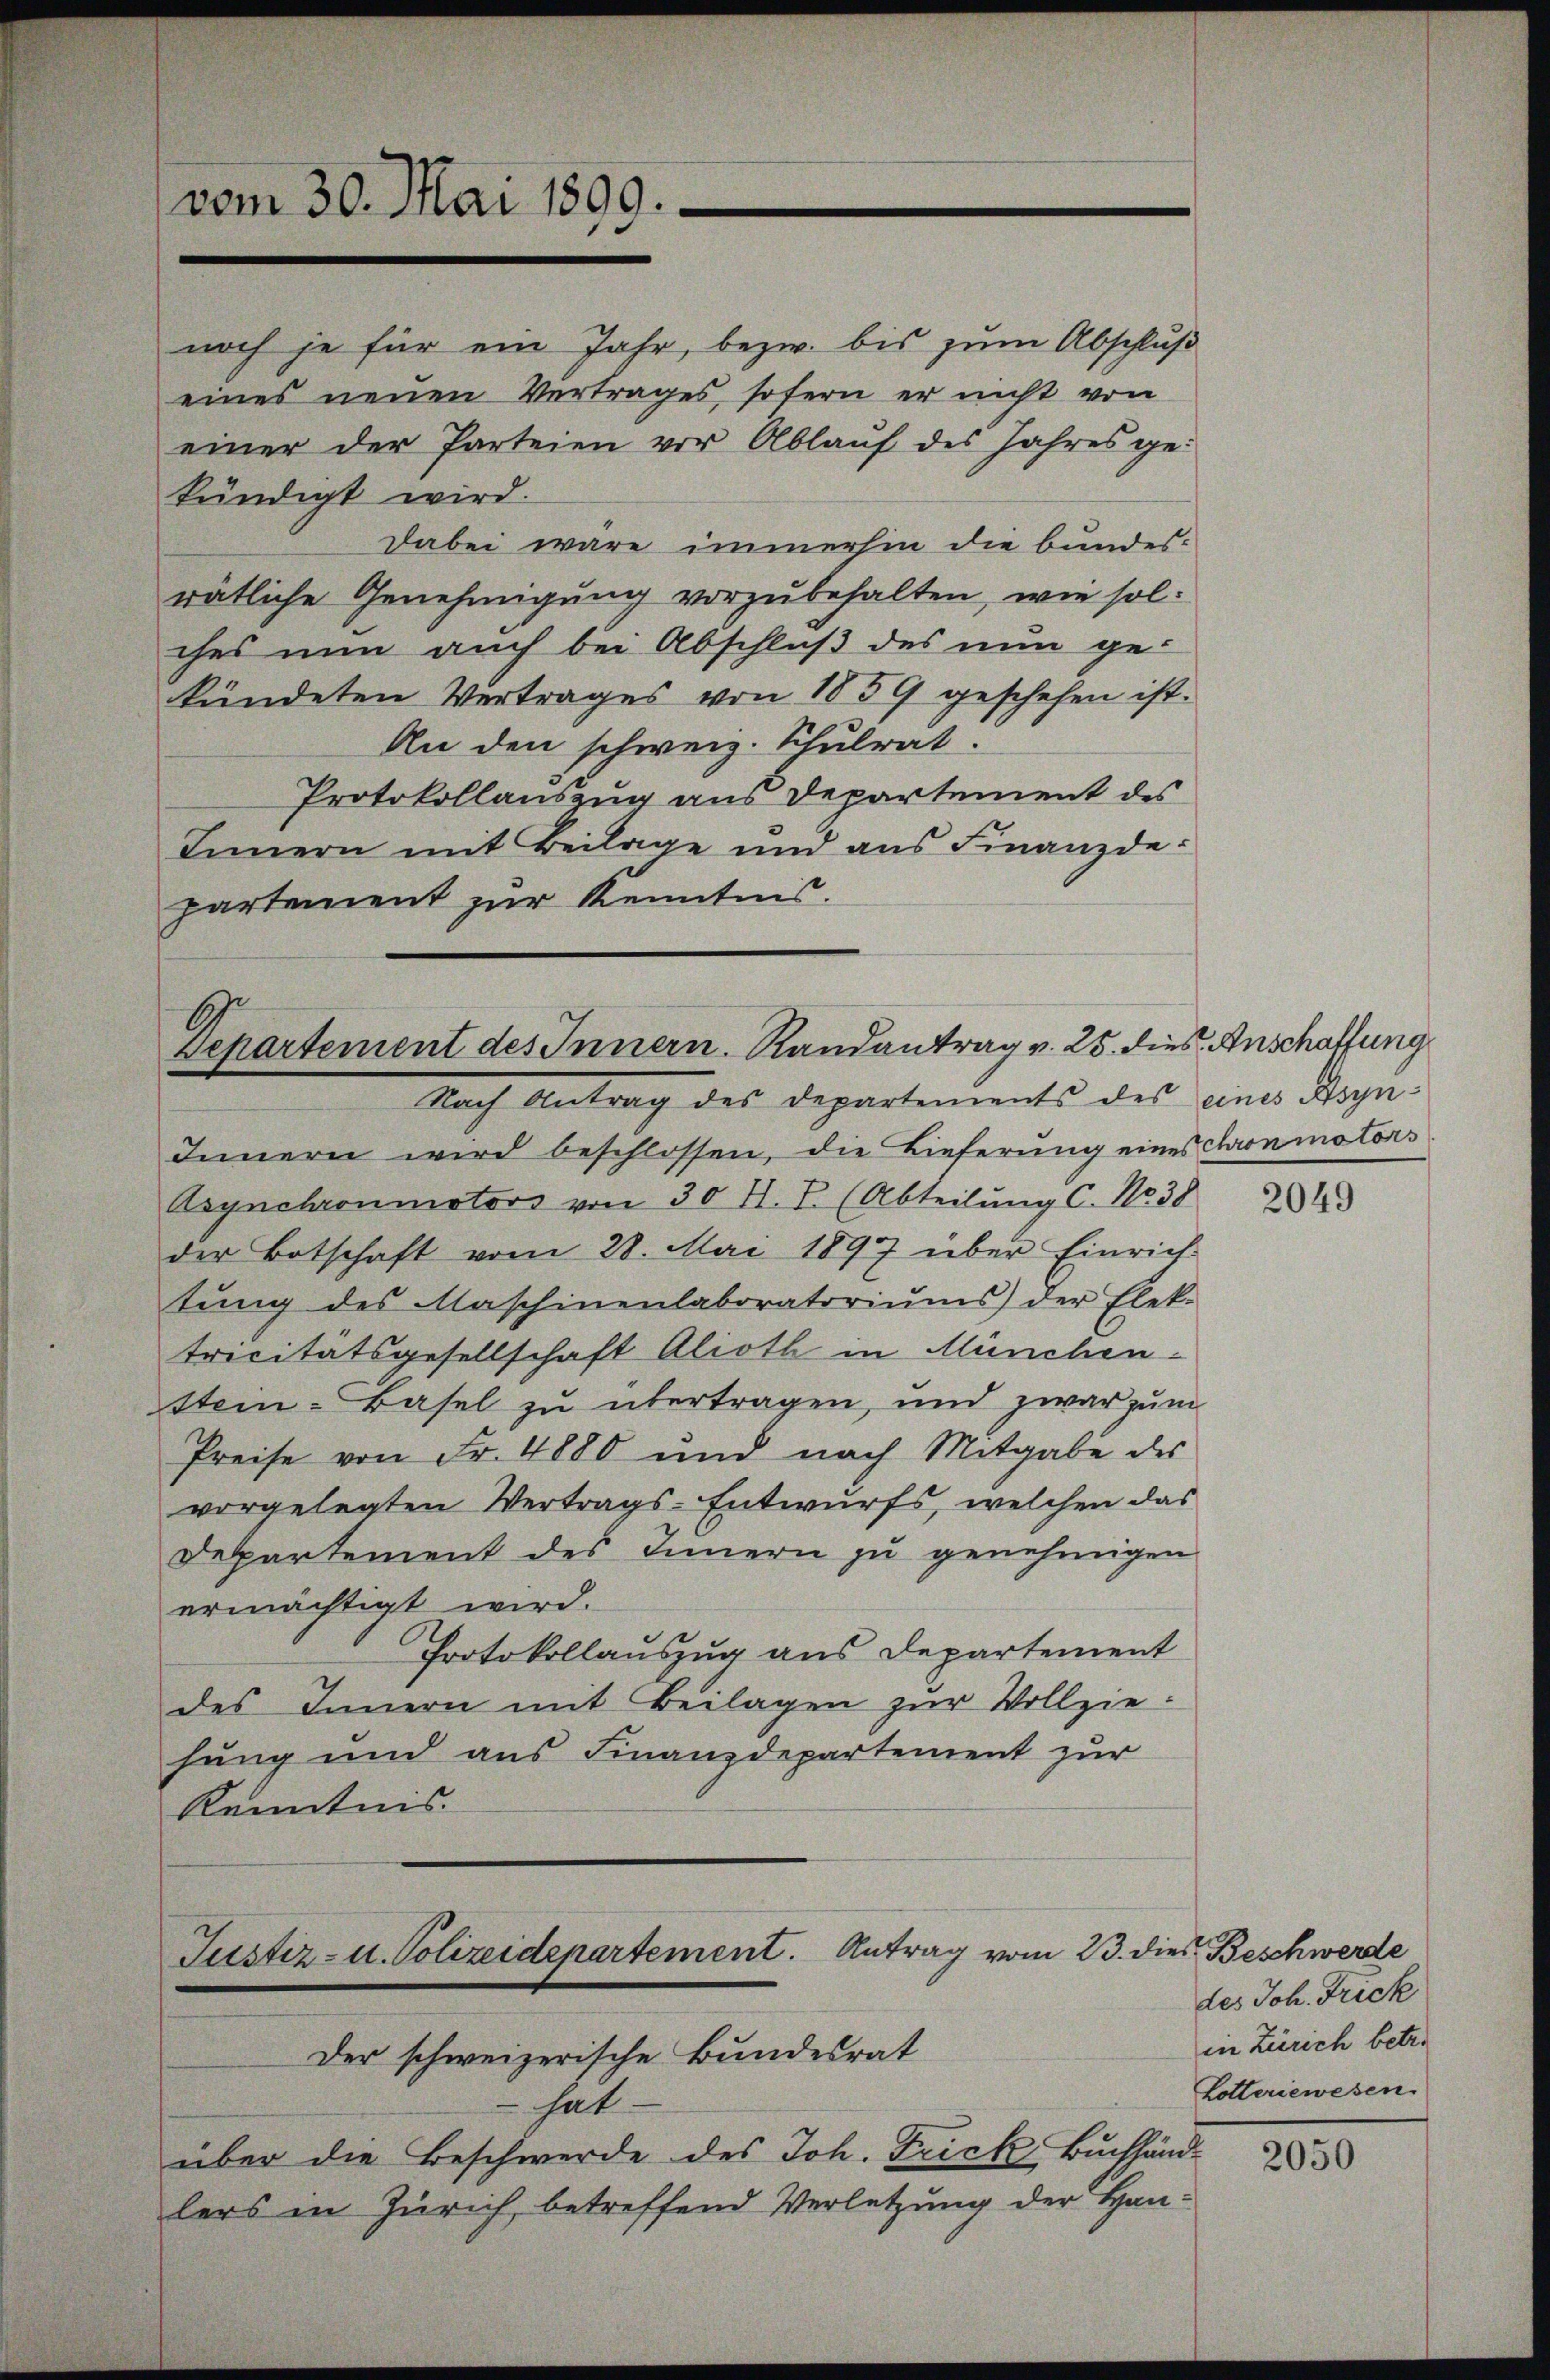
vom 30. Mai 1899.

noch je für ein Jahr, bezw. bis zum Abschluß
eines neuen Vertrages, sofern er nicht von
einer der Parteien vor Ablauf des Jahres gekündigt wird.
Dabei wäre immerhin die bundesrätliche Genehmigung vorzubehalten, wie solches nun auch bei Abschluß des nun ge-
kündeten Vertrages von 1859 geschehen ist.
An den schweiz. Schulrat.
Protokollauszug aus Departement des
Innern mit Beilage und aus Finanzdepartement zur Kenntnis.

Departement des Innern. Randantrag v. 25. dies Anschaffung
Nach Antrag des Departements des eines Disp.

Justiz- u. Polizeidepartement. Antrag vom 23. dies Beschwerde
Der schweizerische Bundesrat

Innern wird beschlossen, die Lieferung eines conmotors
Asynchronmotors von 30 H. I. (Abteilung C. No 38
der Botschaft vom 28. Mai 1897 über Einrich-
tŭng des Maschinenlaboratoriŭms der Elek-
tricitätsgesellschaft Alioth in München.
ttem-Basel zu übertragen, und zwar zum
Preise von Fr. 4880 und nach Mitgabe des
vorgelegten Vertrags-Entwurfs, welchen das
Departement des Innern zu genehmigen
ermächtigt wird.
Protokollauszug aus Departement
des Innern mit Beilagen zur Vollziehung und aus Finanzdepartement zur
Kenntnis.

hat
über die Beschwerde des Joh. Frick Buchhänd-
lers in Zürich, betreffend Verletzung der Han¬

2049

des Joh. Frick
in Zürich betre
Lotteriewesen.

2050